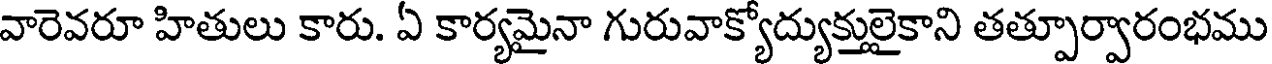
వారెవరూ హితులు కారు. ఏ కార్యమైనా గురువాక్యోద్యుక్తులైకాని తత్పూర్వారంభము